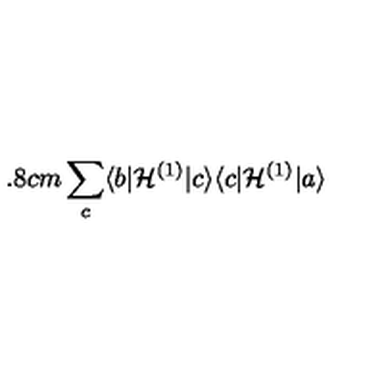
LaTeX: \hspace { - 9 . 8 c m } \sum _ { c } \langle b | { \cal H } ^ { ( 1 ) } | c \rangle \langle c | { \cal H } ^ { ( 1 ) } | a \rangle